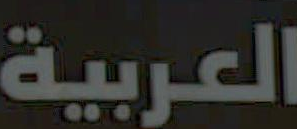
العربية